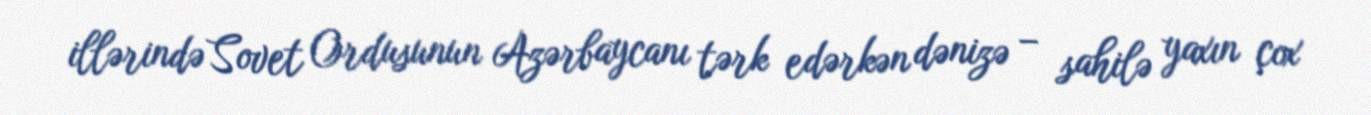
illərində Sovet Ordusunun Azərbaycanı tərk edərkən dənizə – sahilə yaxın çox